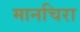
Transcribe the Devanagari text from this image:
मानचिरा